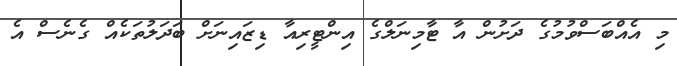
މި އެއްބަސްވުމުގެ ދަށުން އާ ޓާމިނަލްގެ އިންޓީރިއާ ޑިޒައިނަށް ބަދަލުތަކެއް ގެނެސް އެ